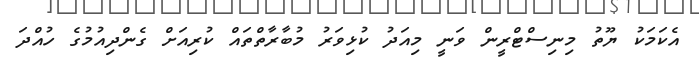
އެކަމަކު ޔޫތު މިނިސްޓްރީން ވަނީ މިއަދު ކުޅިވަރު މުބާރާތްތައް ކުރިއަށް ގެންދިއުމުގެ ހުއްދަ